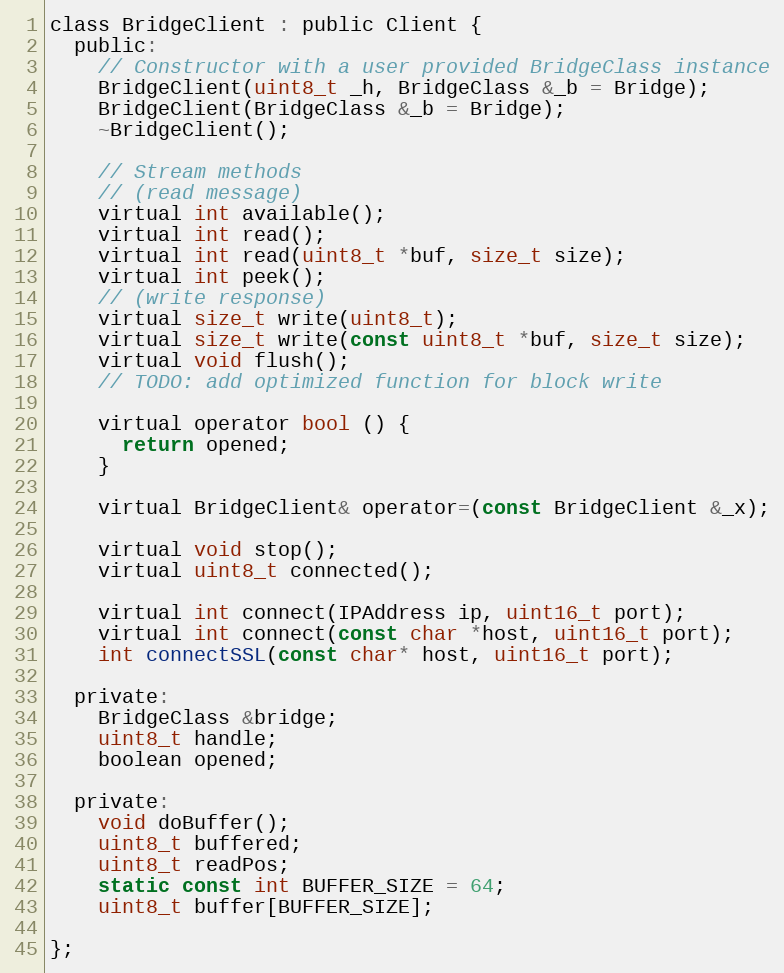
Language: C
class BridgeClient : public Client {
  public:
    // Constructor with a user provided BridgeClass instance
    BridgeClient(uint8_t _h, BridgeClass &_b = Bridge);
    BridgeClient(BridgeClass &_b = Bridge);
    ~BridgeClient();

    // Stream methods
    // (read message)
    virtual int available();
    virtual int read();
    virtual int read(uint8_t *buf, size_t size);
    virtual int peek();
    // (write response)
    virtual size_t write(uint8_t);
    virtual size_t write(const uint8_t *buf, size_t size);
    virtual void flush();
    // TODO: add optimized function for block write

    virtual operator bool () {
      return opened;
    }

    virtual BridgeClient& operator=(const BridgeClient &_x);

    virtual void stop();
    virtual uint8_t connected();

    virtual int connect(IPAddress ip, uint16_t port);
    virtual int connect(const char *host, uint16_t port);
    int connectSSL(const char* host, uint16_t port);

  private:
    BridgeClass &bridge;
    uint8_t handle;
    boolean opened;

  private:
    void doBuffer();
    uint8_t buffered;
    uint8_t readPos;
    static const int BUFFER_SIZE = 64;
    uint8_t buffer[BUFFER_SIZE];

};